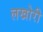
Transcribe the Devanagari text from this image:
लखोरी